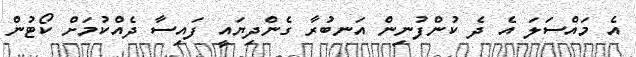
އެ މައްސަލަ އެ ދެ ކުންފުނިން އަނބުރާ ގެންދިޔައީ ފައިސާ ދެއްކުމަށް ކޯޓުން